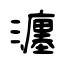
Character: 瀍